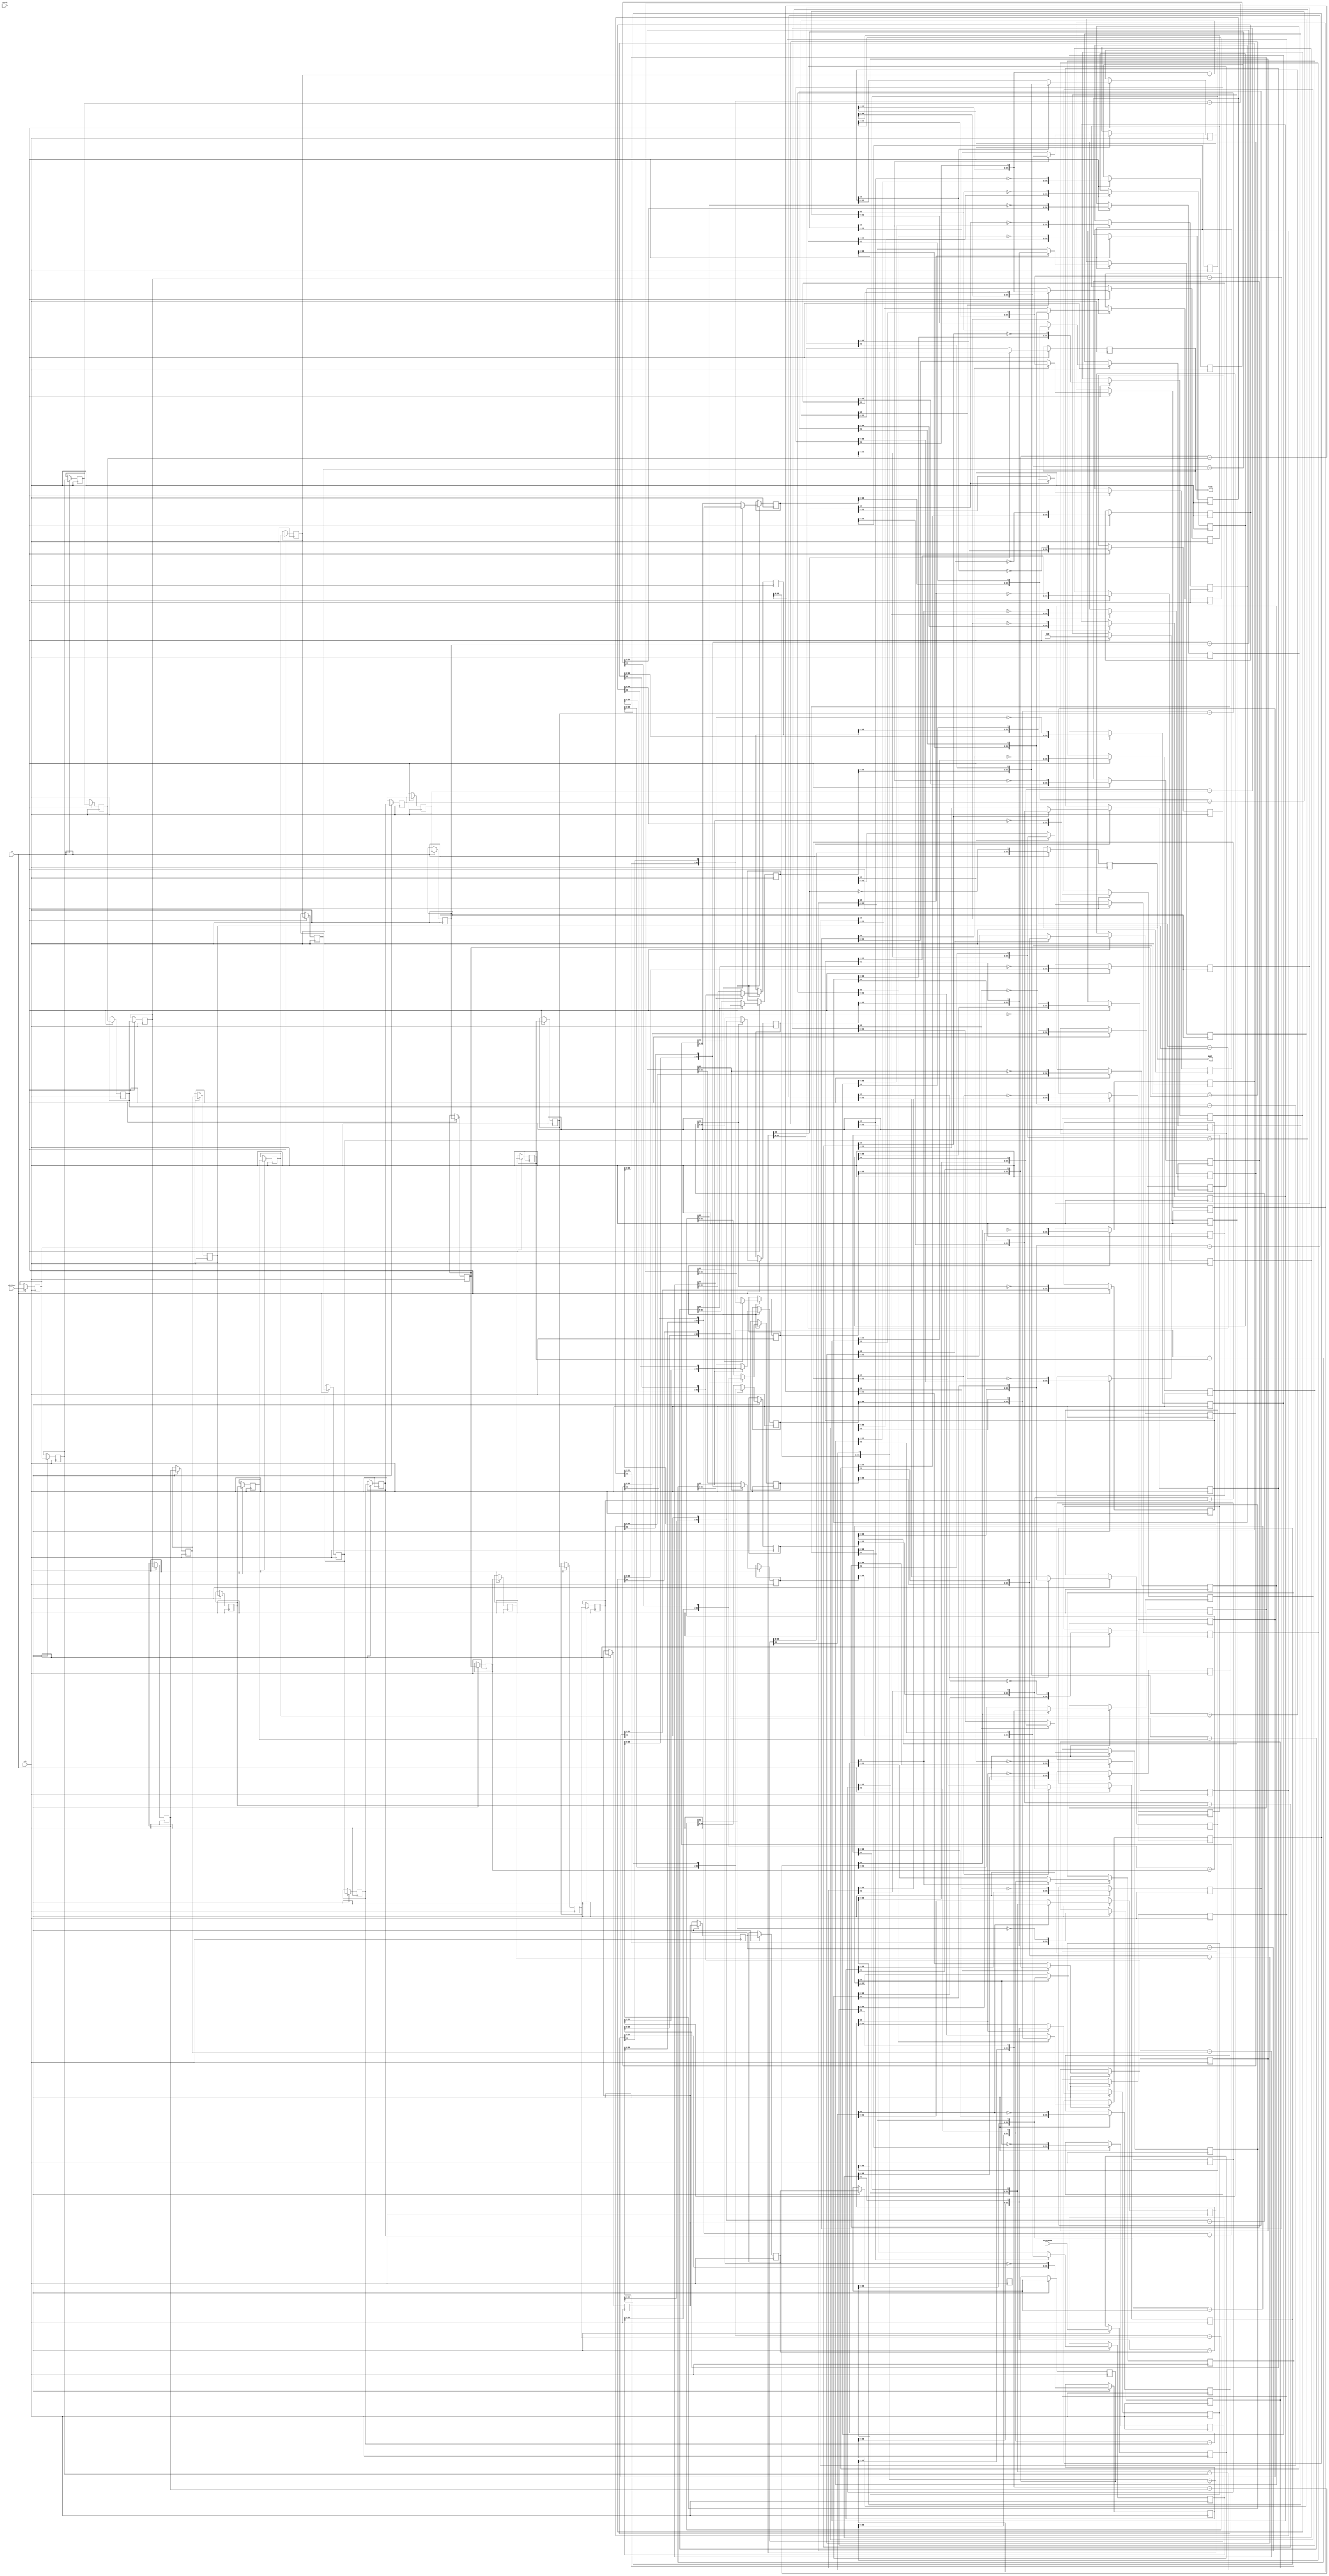
module hls_saturation_enbkb_div_u
#(parameter
    in0_WIDTH = 32,
    in1_WIDTH = 32,
    out_WIDTH = 32
)
(
    input                       clk,
    input                       reset,
    input                       ce,
    input       [in0_WIDTH-1:0] dividend,
    input       [in1_WIDTH-1:0] divisor,
    output wire [out_WIDTH-1:0] quot,
    output wire [out_WIDTH-1:0] remd
);

localparam cal_WIDTH = (in0_WIDTH > in1_WIDTH)? in0_WIDTH : in1_WIDTH;

//------------------------Local signal-------------------
reg  [in0_WIDTH-1:0] dividend_tmp[0:in0_WIDTH];
reg  [in1_WIDTH-1:0] divisor_tmp[0:in0_WIDTH];
reg  [in0_WIDTH-1:0] remd_tmp[0:in0_WIDTH];
wire [in0_WIDTH-1:0] comb_tmp[0:in0_WIDTH-1];
wire [cal_WIDTH:0]   cal_tmp[0:in0_WIDTH-1];
//------------------------Body---------------------------
assign  quot    = dividend_tmp[in0_WIDTH];
assign  remd    = remd_tmp[in0_WIDTH];

// dividend_tmp[0], divisor_tmp[0], remd_tmp[0]
always @(posedge clk)
begin
    if (ce) begin
        dividend_tmp[0] <= dividend;
        divisor_tmp[0]  <= divisor;
        remd_tmp[0]     <= 1'b0;
    end
end

genvar i;
generate 
    for (i = 0; i < in0_WIDTH; i = i + 1)
    begin : loop
        if (in0_WIDTH == 1) assign  comb_tmp[i]     = dividend_tmp[i][0];
        else                assign  comb_tmp[i]     = {remd_tmp[i][in0_WIDTH-2:0], dividend_tmp[i][in0_WIDTH-1]};
        assign  cal_tmp[i]      = {1'b0, comb_tmp[i]} - {1'b0, divisor_tmp[i]};

        always @(posedge clk)
        begin
            if (ce) begin
                if (in0_WIDTH == 1) dividend_tmp[i+1] <= ~cal_tmp[i][cal_WIDTH];
                else                dividend_tmp[i+1] <= {dividend_tmp[i][in0_WIDTH-2:0], ~cal_tmp[i][cal_WIDTH]};
                divisor_tmp[i+1]  <= divisor_tmp[i];
                remd_tmp[i+1]     <= cal_tmp[i][cal_WIDTH]? comb_tmp[i] : cal_tmp[i][in0_WIDTH-1:0];
            end
        end
    end
endgenerate

endmodule